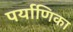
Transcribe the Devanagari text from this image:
पर्याणिका